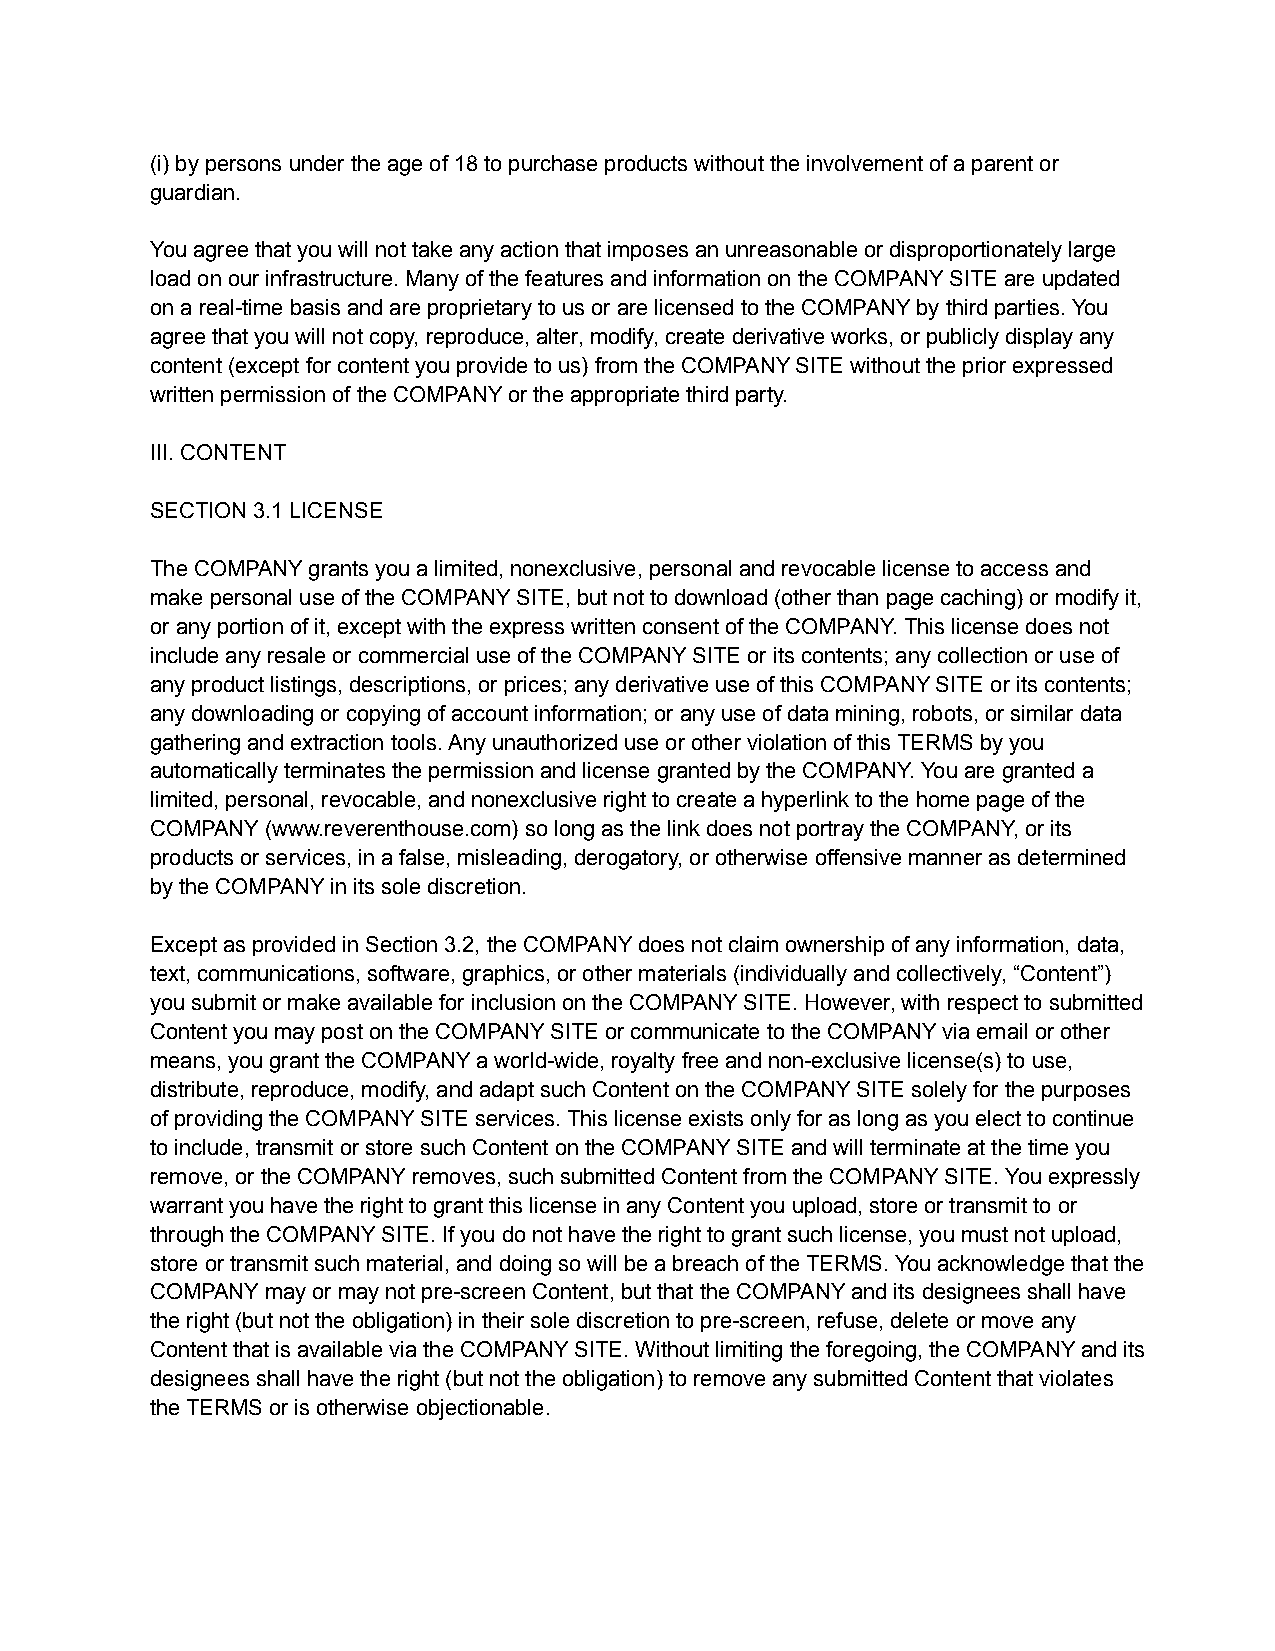
(i) by persons under the age of 18 to purchase products without the involvement of a parent or
 guardian.
 You agree that you will not take any action that imposes an unreasonable or disproportionately large
 load on our infrastructure. Many of the features and information on the COMPANY SITE are updated
 on a real-time basis and are proprietary to us or are licensed to the COMPANY by third parties. You
 agree that you will not copy, reproduce, alter, modify, create derivative works, or publicly display any
 content (except for content you provide to us) from the COMPANY SITE without the prior expressed
 written permission of the COMPANY or the appropriate third party.
 III. CONTENT
 SECTION 3.1 LICENSE
 The COMPANY grants you a limited, nonexclusive, personal and revocable license to access and
 make personal use of the COMPANY SITE, but not to download (other than page caching) or modify it,
 or any portion of it, except with the express written consent of the COMPANY. This license does not
 include any resale or commercial use of the COMPANY SITE or its contents; any collection or use of
 any product listings, descriptions, or prices; any derivative use of this COMPANY SITE or its contents;
 any downloading or copying of account information; or any use of data mining, robots, or similar data
 gathering and extraction tools. Any unauthorized use or other violation of this TERMS by you
 automatically terminates the permission and license granted by the COMPANY. You are granted a
 limited, personal, revocable, and nonexclusive right to create a hyperlink to the home page of the
 COMPANY (www.reverenthouse.com) so long as the link does not portray the COMPANY, or its
 products or services, in a false, misleading, derogatory, or otherwise offensive manner as determined
 by the COMPANY in its sole discretion.
 Except as provided in Section 3.2, the COMPANY does not claim ownership of any information, data,
 text, communications, software, graphics, or other materials (individually and collectively, “Content”)
 you submit or make available for inclusion on the COMPANY SITE. However, with respect to submitted
 Content you may post on the COMPANY SITE or communicate to the COMPANY via email or other
 means, you grant the COMPANY a world-wide, royalty free and non-exclusive license(s) to use,
 distribute, reproduce, modify, and adapt such Content on the COMPANY SITE solely for the purposes
 of providing the COMPANY SITE services. This license exists only for as long as you elect to continue
 to include, transmit or store such Content on the COMPANY SITE and will terminate at the time you
 remove, or the COMPANY removes, such submitted Content from the COMPANY SITE. You expressly
 warrant you have the right to grant this license in any Content you upload, store or transmit to or
 through the COMPANY SITE. If you do not have the right to grant such license, you must not upload,
 store or transmit such material, and doing so will be a breach of the TERMS. You acknowledge that the
 COMPANY may or may not pre-screen Content, but that the COMPANY and its designees shall have
 the right (but not the obligation) in their sole discretion to pre-screen, refuse, delete or move any
 Content that is available via the COMPANY SITE. Without limiting the foregoing, the COMPANY and its
 designees shall have the right (but not the obligation) to remove any submitted Content that violates
 the TERMS or is otherwise objectionable.